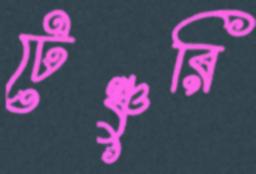
টেঞ্চুরি